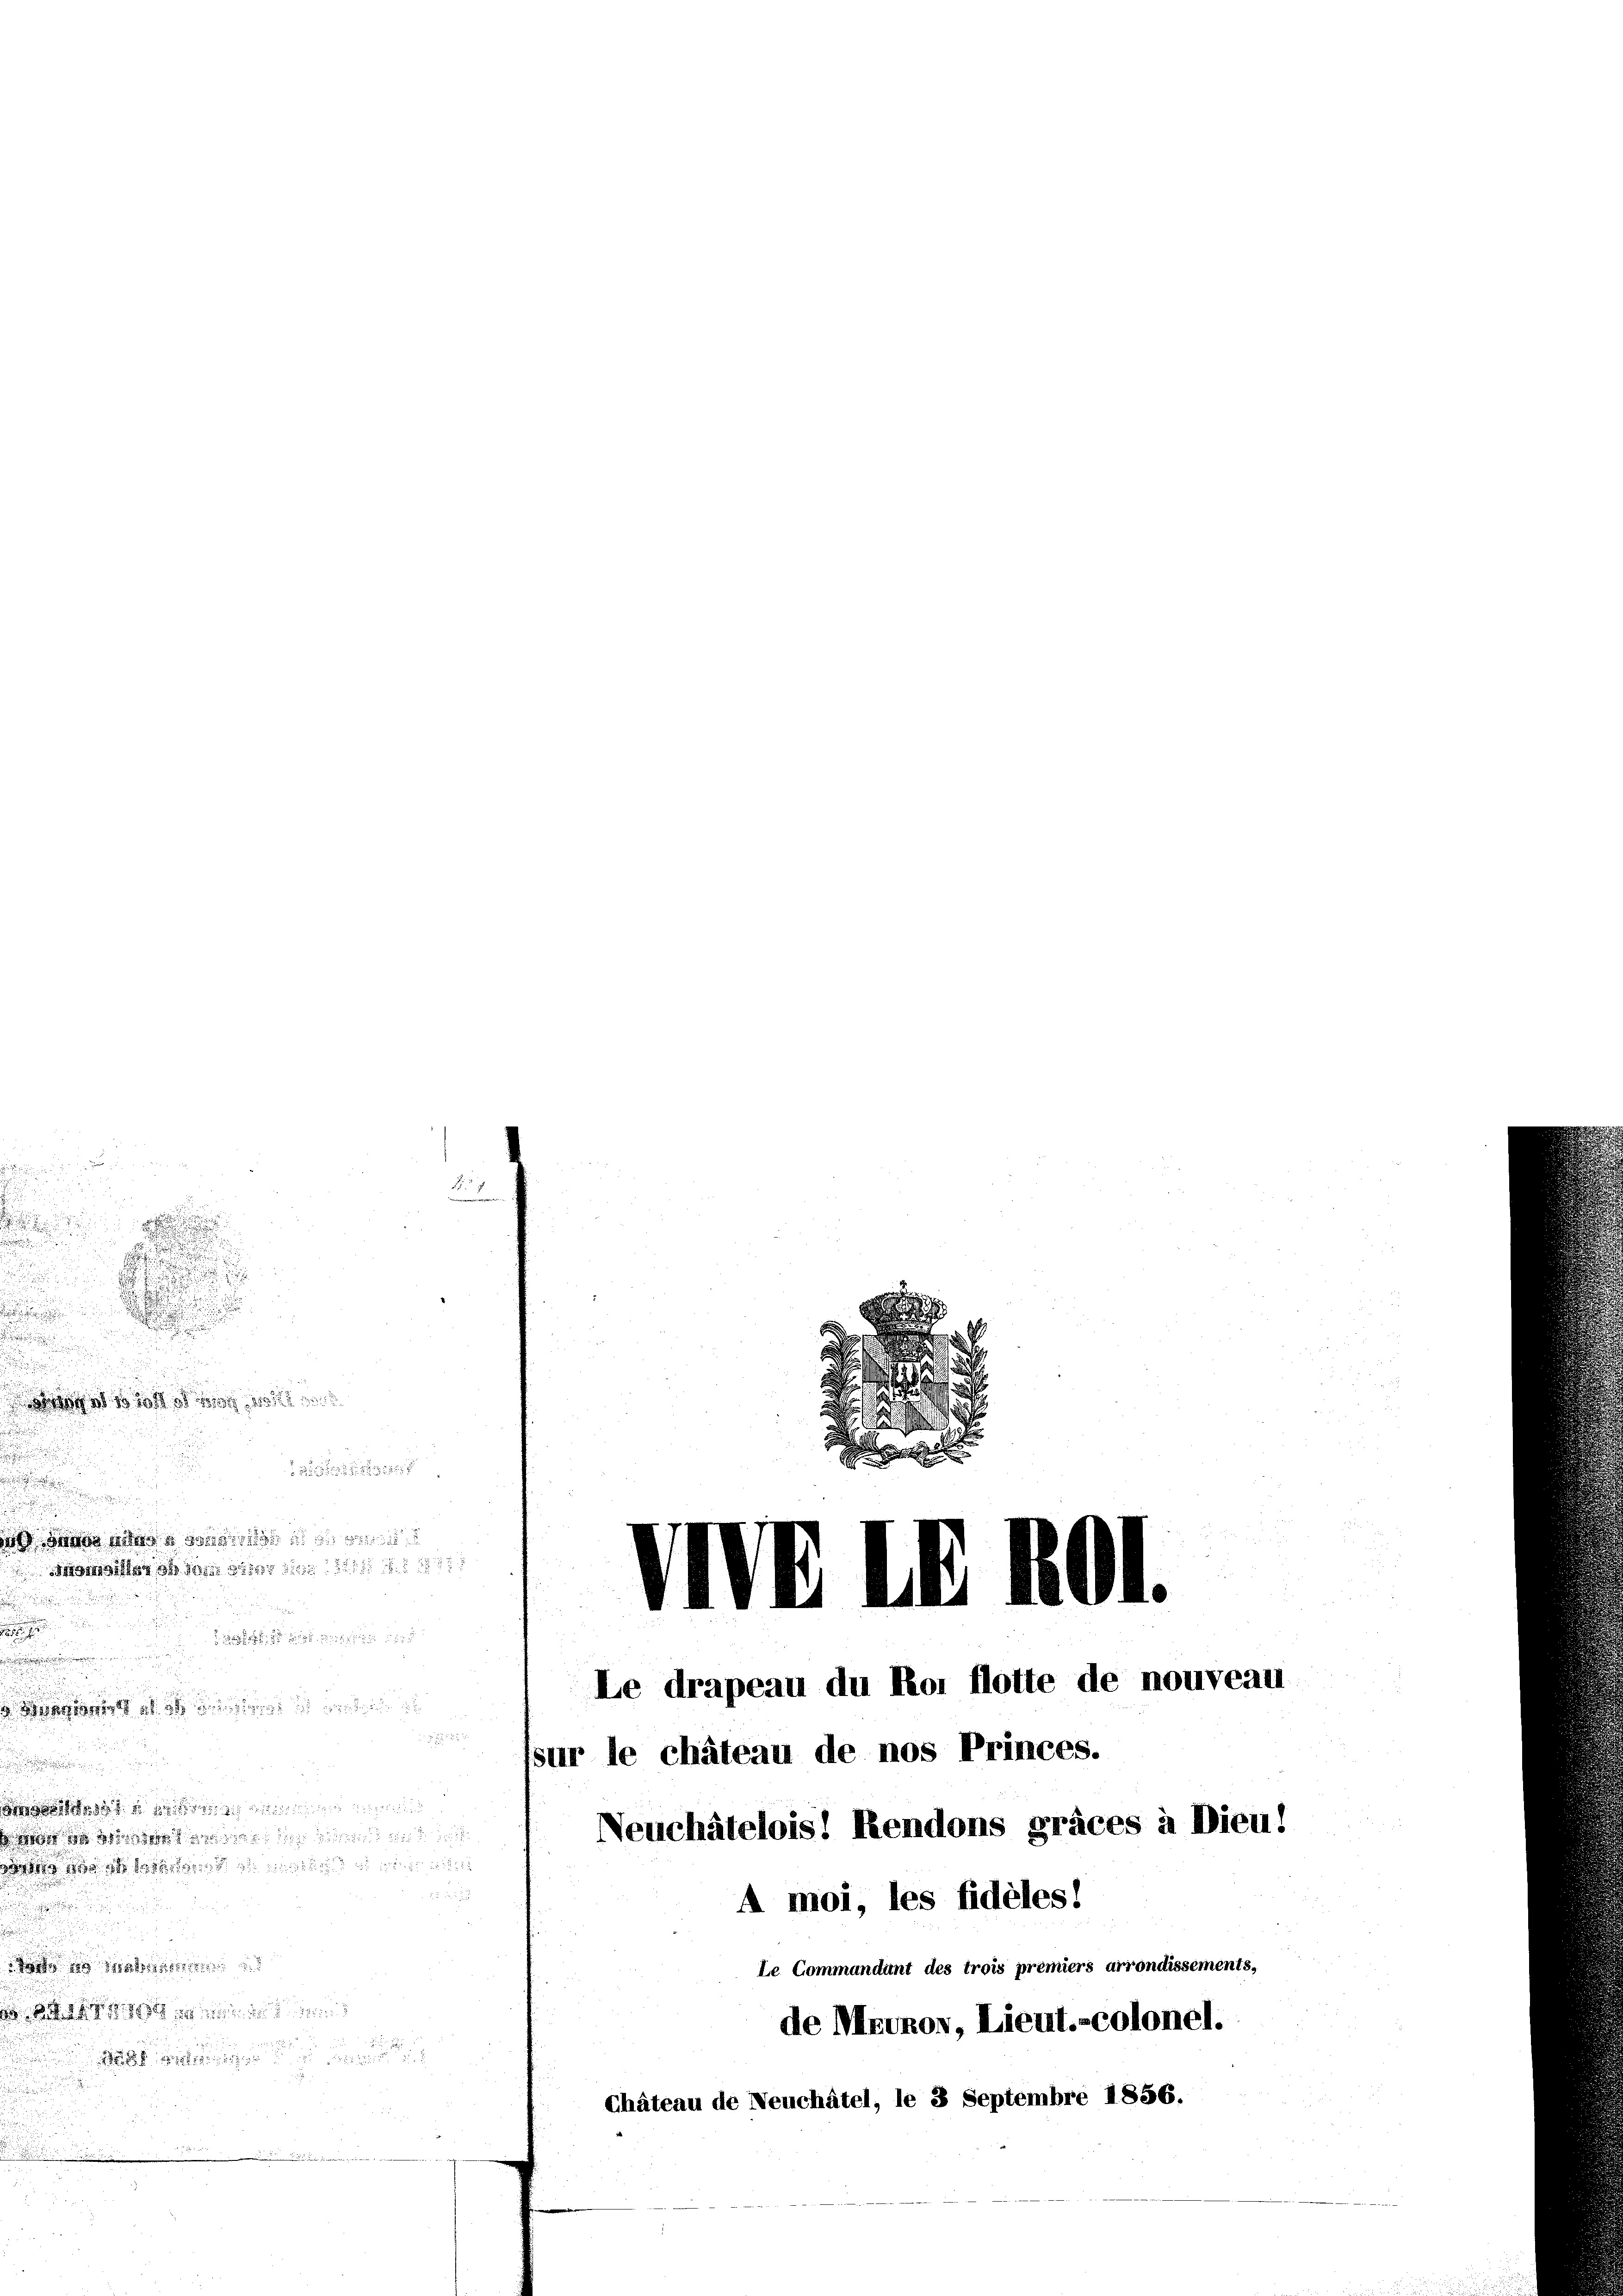
APA1 Mai AALa

e
isur le chateau de nos Princes.

 ee d
 Neuchâtelois Rendons graces à Diens

A moi, les fidélesi

Sache

Mahl die
.
Chateau de Neuchâtel, le 3 Septembre 1856.

u

.

i

d
 110 f 0 x 10
u

.
 deine stand dass die
D sie des

x

Le drapeau du Poi flotte de nouveau
Le Commandant des trois premiers arrondissements,
de Monos, Lieut.-colonel.

l